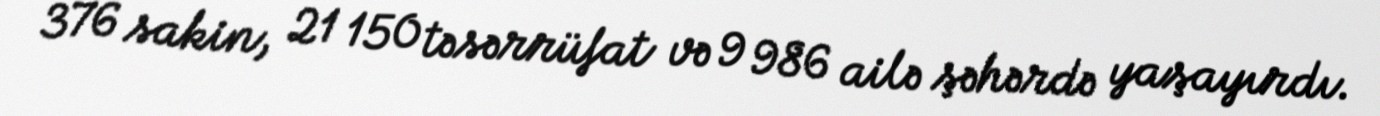
376 sakin, 21 150 təsərrüfat və 9 986 ailə şəhərdə yaşayırdı.